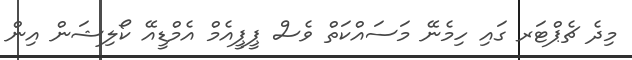
މިދެ ޗެޕްޓަރ ގައި ހިމެނޭ މަސައްކަތް ވެސް ޕީޕީއެމް އެމްޑީއޭ ކޯލިޝަން އިން